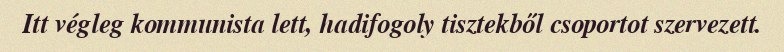
Itt végleg kommunista lett, hadifogoly tisztekből csoportot szervezett.